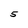
Character: 5